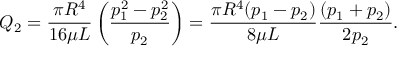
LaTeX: Q _ { 2 } = { \frac { \pi R ^ { 4 } } { 1 6 \mu L } } \left( { \frac { p _ { 1 } ^ { 2 } - p _ { 2 } ^ { 2 } } { p _ { 2 } } } \right) = { \frac { \pi R ^ { 4 } ( p _ { 1 } - p _ { 2 } ) } { 8 \mu L } } { \frac { ( p _ { 1 } + p _ { 2 } ) } { 2 p _ { 2 } } } .